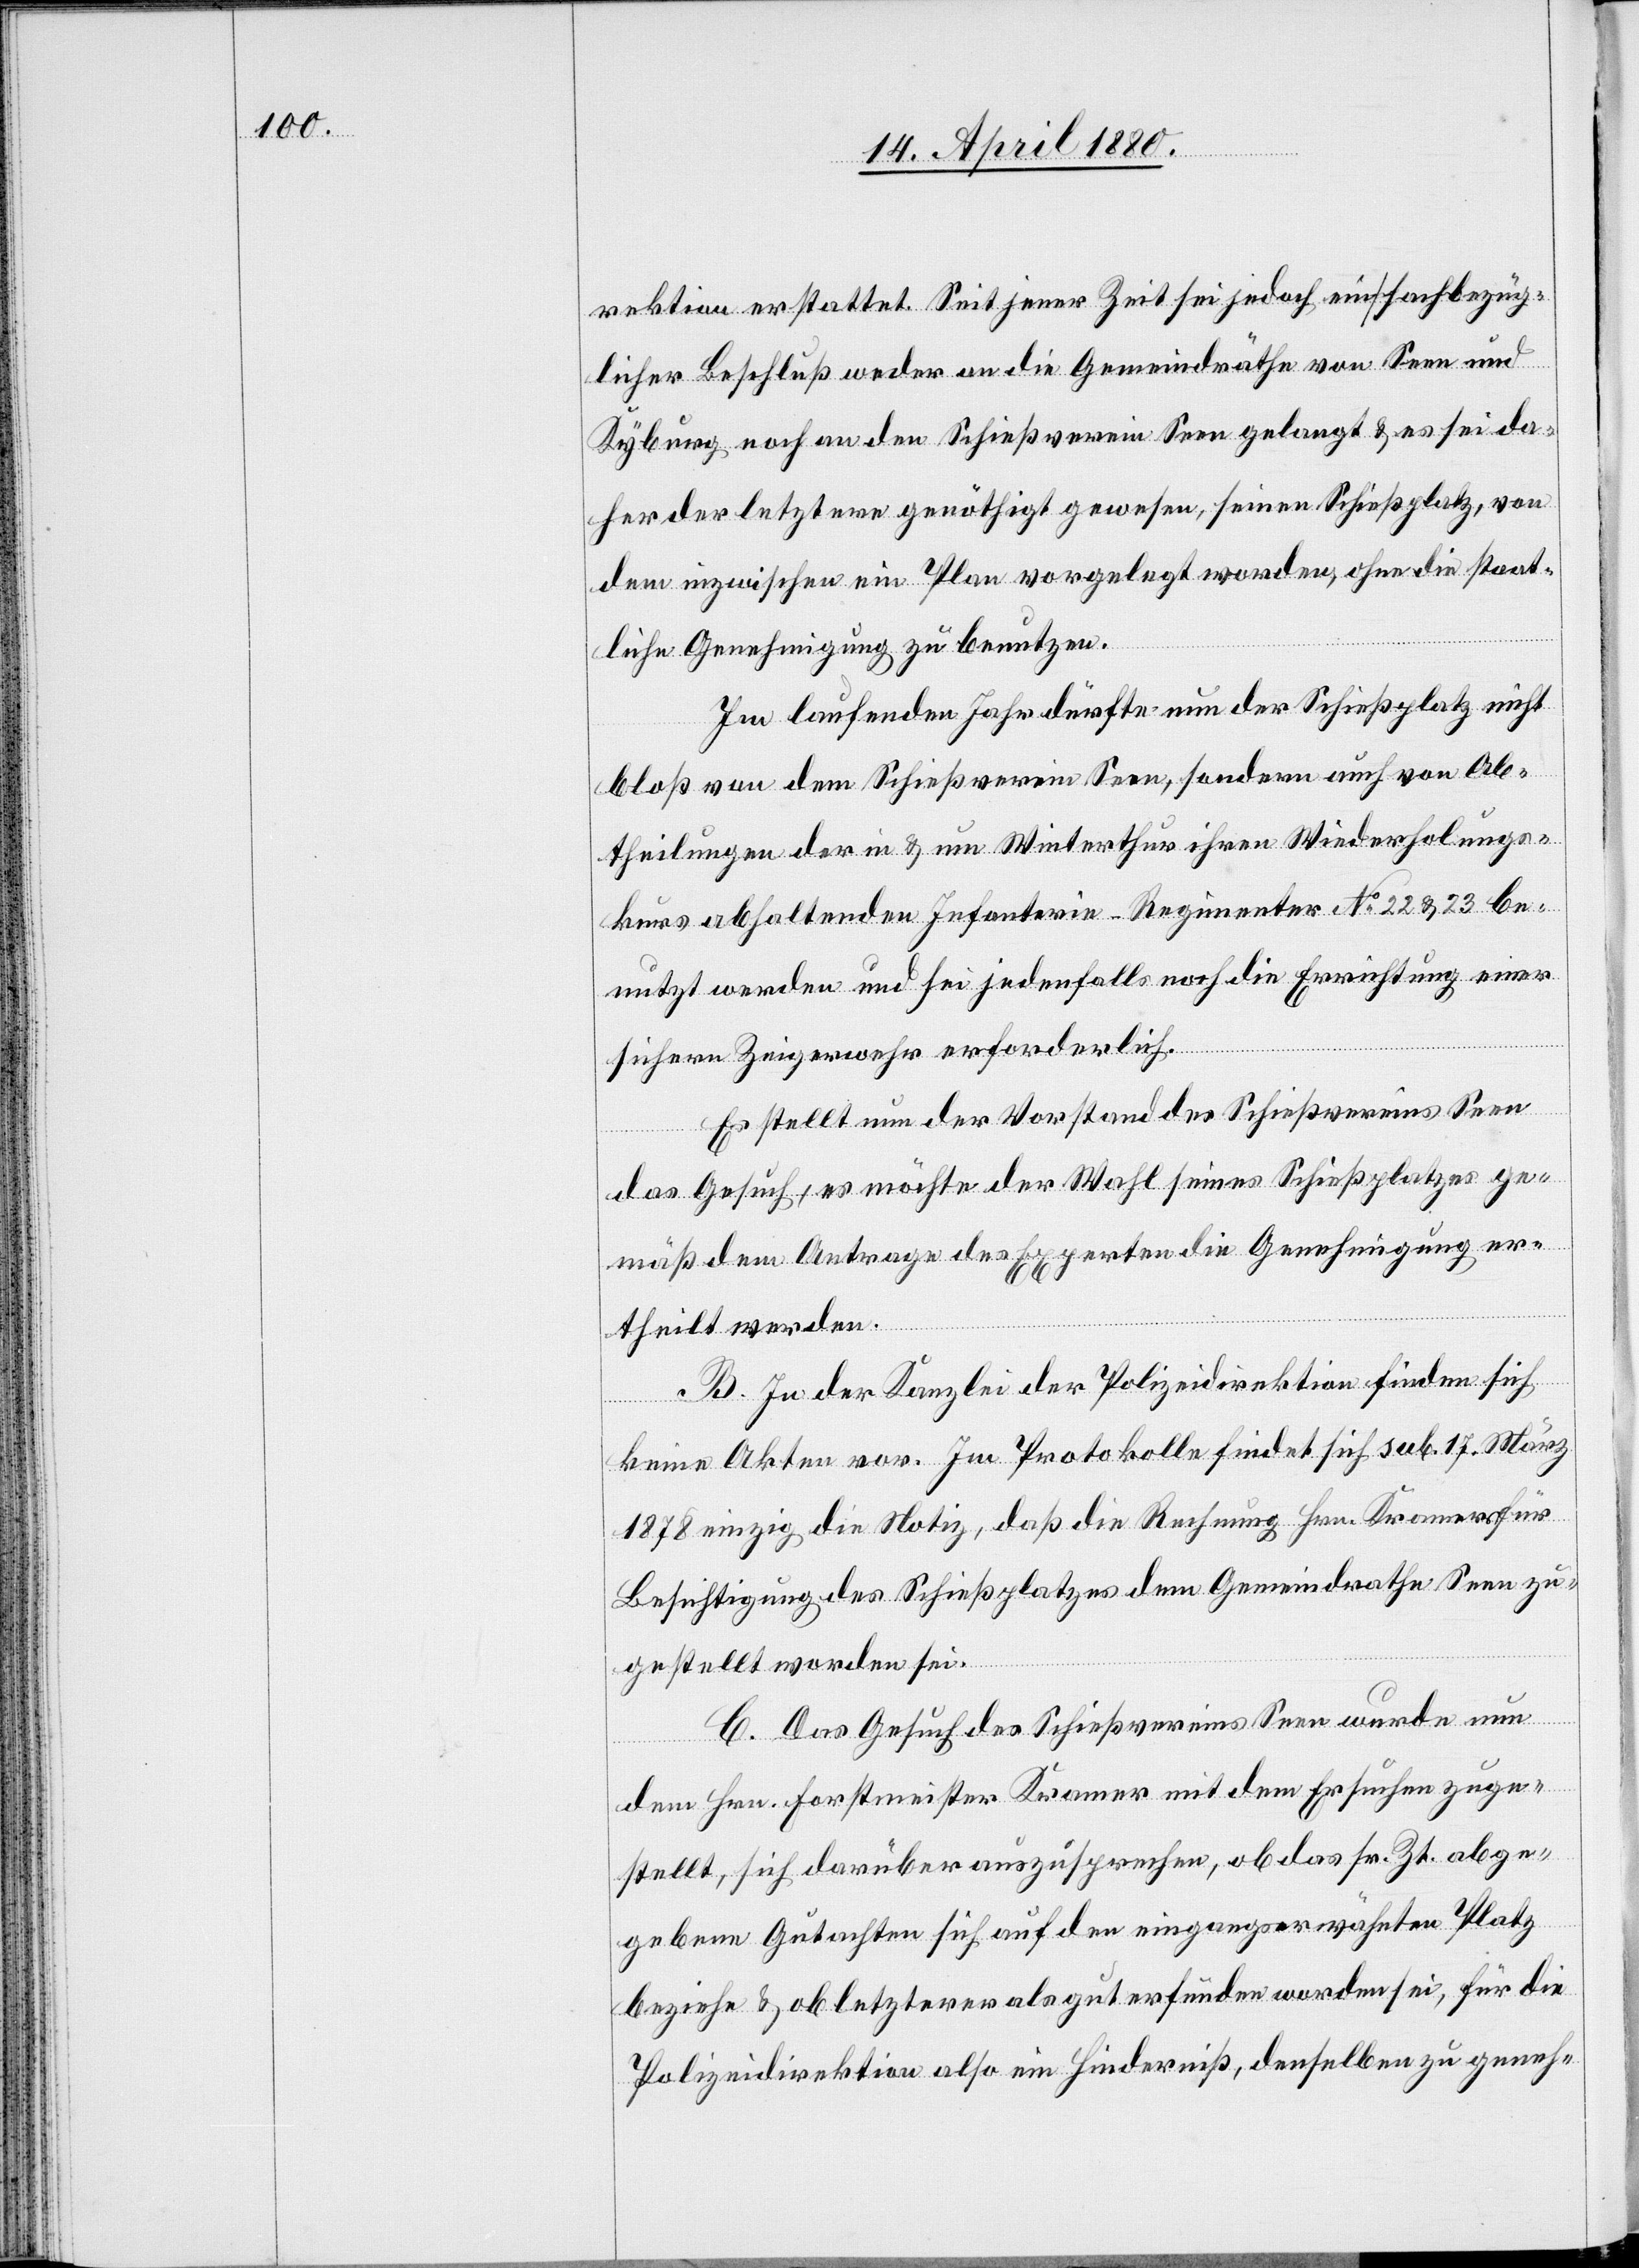
rektion erstattet. Seit jener Zeit sei jedoch ein sachbezüg¬
licher Beschluß weder an die Gemeindräthe von Seen und
Kyburg, noch an den Schießverein Seen gelangt & es sei da¬
her der letztere genöthigt gewesen, seinen Schießplatz, von
dem inzwischen ein Plan vorgelegt worden, ohne die staat¬
liche Genehmigung zu benutzen.
Im laufenden Jahr dürfte nun der Schießplatz nicht
bloß von dem Schießverein Seen, sondern auch von Ab¬
theilungen der in & um Winterthur ihren Widerholungs¬
kurs abhaltenden Infanterie-Regimenter No 22 & 23 be¬
nutzt werden und sei jedenfalls noch die Errichtung einer
sichern Zeigerwehr erforderlich.
Es stellt nun der Vorstand des Schießvereins Seen
das Gesuch, es möchte der Wahl seines Schießplatzes ge¬
mäß dem Antrage des Experten die Genehmigung er¬
theilt werden.
B. In der Kanzlei der Polizeidirektion finden sich
keine Akten vor. Im Protokoll findet sich sub. 17. März
1878 einzig die Notiz, daß die Rechnung Hrn. Kramer für
Besichtigung des Schießplatzes dem Gemeindrathe Seen zu¬
gestellt worden sei.
C. Das Gesuch des Schießvereins Seen wurde nun
dem Hrn. Forstmeister Kramer mit dem Ersuchen zuge¬
stellt, sich darüber auszusprechen, ob das sr. Zt. abge¬
gebene Gutachten sich auf den eingangserwähnten Platz
beziehe & ob letzterer als zu erfunden worden sei, für die
Polizeidirektion also ein Hinderniß, denselben zu geneh-